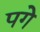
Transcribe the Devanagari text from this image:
पगे